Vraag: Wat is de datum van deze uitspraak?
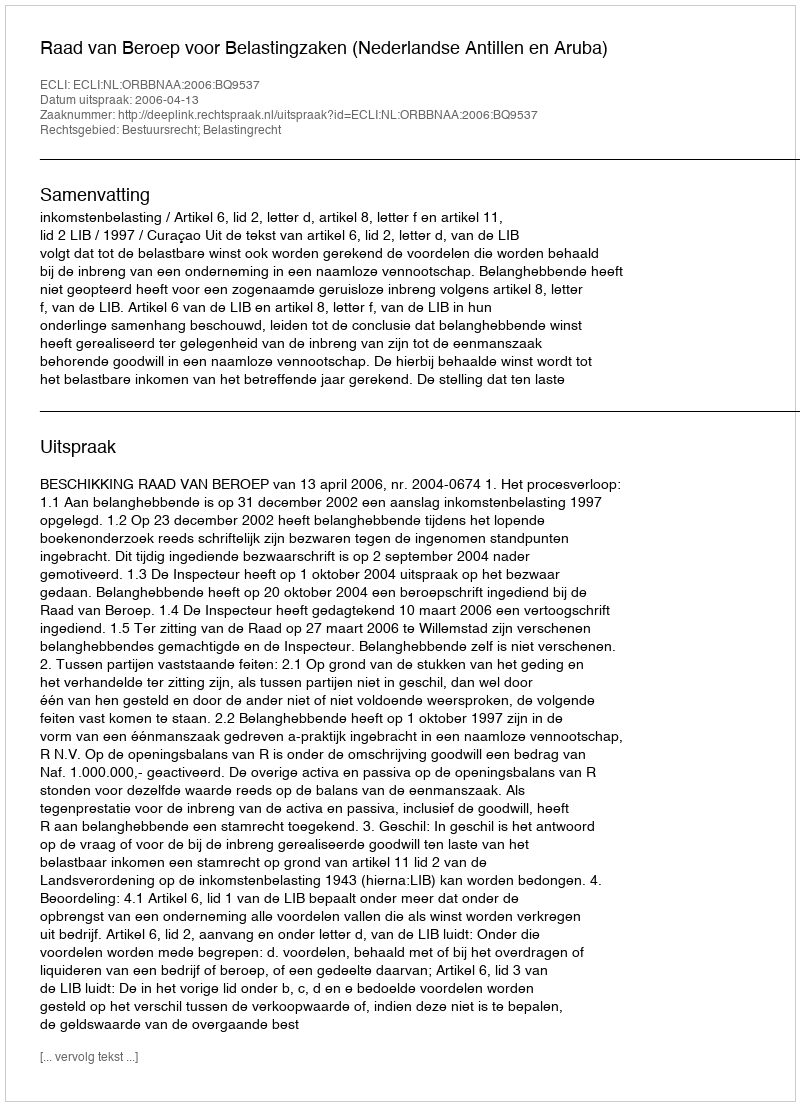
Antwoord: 2006-04-13